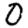
Digit: 0